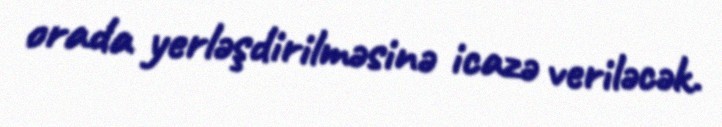
orada yerləşdirilməsinə icazə veriləcək.